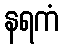
နရကံ